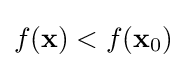
f(\mathbf {x} )<f(\mathbf {x} _{0})